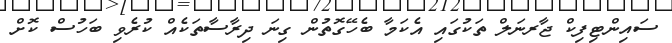
ސައިންޓިފިކް ޖާރނަލް ތަކުގައި އެކަމާ ބެހޭގޮތުން ގިނަ ދިރާސާތަކެއް ކުރެވި ބަހުސް ކޮށް